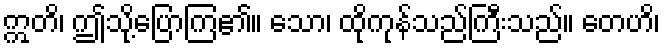
ဣတိ၊ ဤသို့ပြောကြ၏။ သော၊ ထိုကုန်သည်ကြီးသည်။ တေဟိ၊